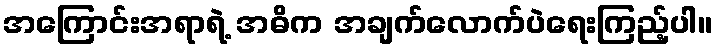
အကြောင်းအရာရဲ့ အဓိက အချက်လောက်ပဲရေးကြည့်ပါ။